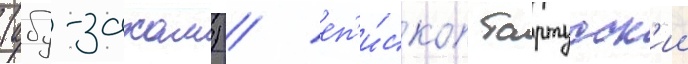
(абу-захам) / еп'и́скоп тартусск'ии